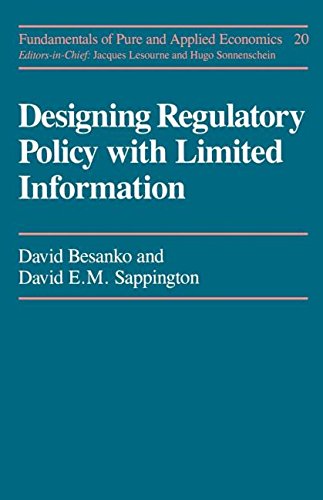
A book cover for Designing Regulatory Polcy (Fundamentals of Pure and Applied Economics) (Vol 20); David Besanko; Law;